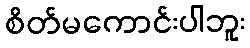
စိတ်မကောင်းပါဘူး